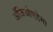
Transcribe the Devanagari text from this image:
अँजिओएडेमा